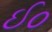
ઈ૦